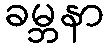
ခမ္ဘနာ